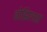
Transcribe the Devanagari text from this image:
बोझिलता